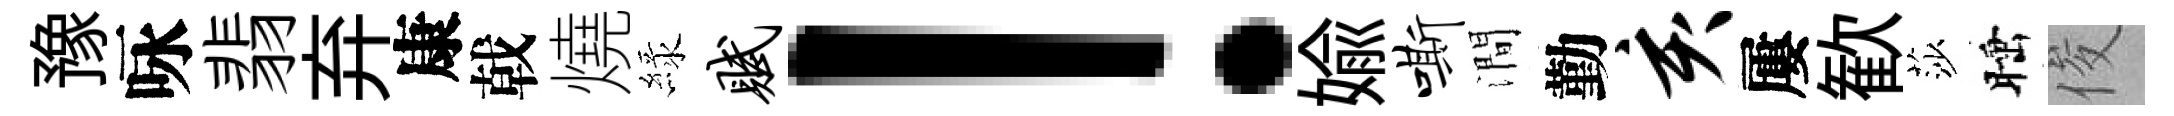
豫咏翡弃康戟燒緑赋！媮嘶澗勤亥屢歓莎睡俊